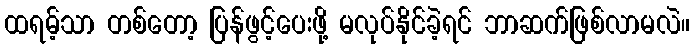
ထရမ့်သာ တစ်တော့ ပြန်ဖွင့်ပေးဖို့ မလုပ်နိုင်ခဲ့ရင် ဘာဆက်ဖြစ်လာမလဲ။